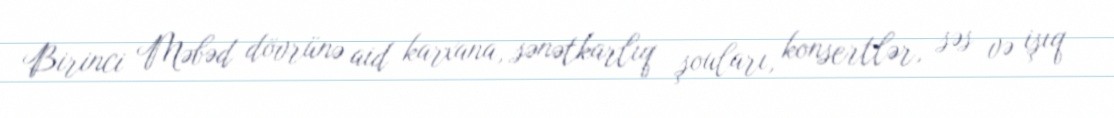
Birinci Məbəd dövrünə aid karxana, sənətkarlıq şouları, konsertlər, səs və işıq